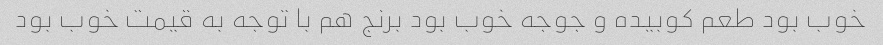
خوب بود طعم کوبیده و جوجه خوب بود برنج هم با توجه به قیمت خوب بود